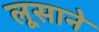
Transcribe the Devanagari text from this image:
लूसाने